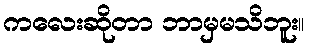
ကလေးဆိုတာ ဘာမှမသိဘူး။